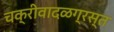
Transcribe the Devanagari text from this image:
चक्रीवादळग्रस्त